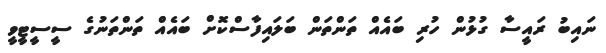
ނައިބު ރައީސާ ގުޅުން ހުރި ބައެއް ތަންތަން ބަލައިފާސްކޮށް ބައެއް ތަންތަނުގެ ސީސީޓީވީ